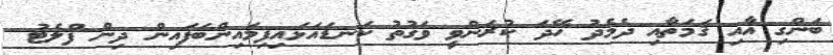
ބަންގި އާއި ޤަމަތާއި ދެމެދު ހޭދަ ކުރަންވީ ވަގުތު ކަނޑައަޅައިފިމައިންބަފައިން ދިން ފްލެޓު